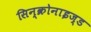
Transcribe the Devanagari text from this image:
सिन्क्रोनाइज्ड